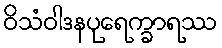
ဝိသံဝါဒနပုရေက္ခာရဿ